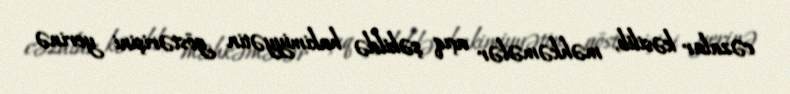
cəzalar kəsilib, məhkəmələr açıq şəkildə hakimiyyətin göstərişini yerinə